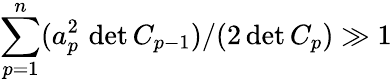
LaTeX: \sum_{p=1}^{n}(a_{p}^{2}\, \operatorname*{det}C_{p-1})/(2\operatorname*{det}C_{p})\gg 1